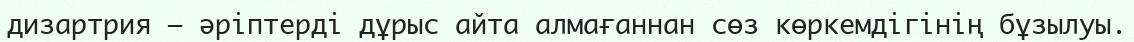
дизартрия – әріптерді дұрыс айта алмағаннан сөз көркемдігінің бұзылуы.